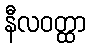
နီလဝတ္ထာ